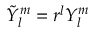
\tilde { Y } _ { l } ^ { m } = r ^ { l } Y _ { l } ^ { m }